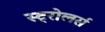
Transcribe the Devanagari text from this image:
स्ट्रोलर्स